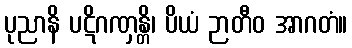
ပုညာနိ ပဋိဂဏှန္တိ၊ ပိယံ ဉာတီဝ အာဂတံ။